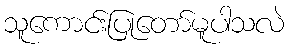
သူကောင်းပြုတော်မူပါသလဲ